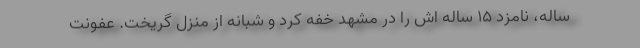
ساله، نامزد ۱۵ ساله اش را در مشهد خفه کرد و شبانه از منزل گریخت. عفونت